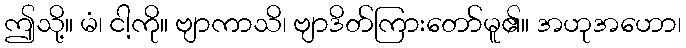
ဤသို့။ မံ၊ ငါ့ကို။ ဗျာကာသိ၊ ဗျာဒိတ်ကြားတော်မူ၏။ အဟုအဟော၊